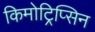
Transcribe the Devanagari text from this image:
किमोट्रिप्सिन